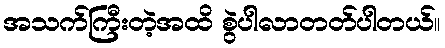
အသက်ကြီးတဲ့အထိ စွဲပါလာတတ်ပါတယ်။